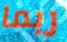
ربما